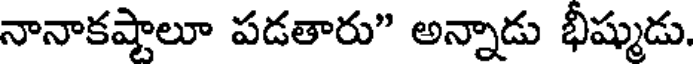
నానాకష్టాలూ పడతారు" అన్నాడు భీష్ముడు.